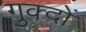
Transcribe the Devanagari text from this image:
गुक्दों